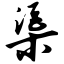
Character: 渠